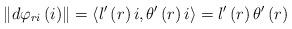
LaTeX: \begin{align*}\left\Vert d\varphi _{ri}\left( i\right) \right\Vert =\left\langle l^{\prime}\left( r\right) i,\theta ^{\prime }\left( r\right) i\right\rangle=l^{\prime }\left( r\right) \theta ^{\prime }\left( r\right) \end{align*}